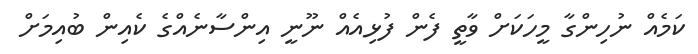
ކަމެއް ނުހިންގާ މީހަކަށް ވާތީ ފެން ފުޅިއެއް ނޫނީ އިންސާނެއްގެ ކެއިން ބުއިމަށް